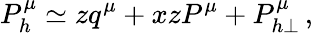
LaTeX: P_{h}^{\mu}\simeq zq^{\mu}+xzP^{\mu}+P_{h\perp}^{\mu}\, ,